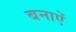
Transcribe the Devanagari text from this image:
बनाऐं